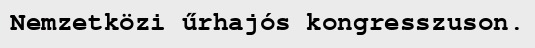
Nemzetközi űrhajós kongresszuson.